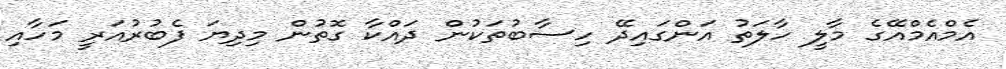
އެމްއެމްއޭގެ މާލީ ހާލަތު އަންގައިދޭ ހިސާބުތަކުން ދައްކާ ގޮތުން މިދިޔަ ފެބުރުއަރީ މަހާއި